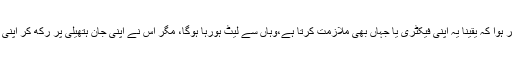
مغربی دانشور اس محنت کش سے متاثر ہوا کہ یقینا یہ اپنی فیکٹری یا جہاں بھی ملازمت کرتا ہے،وہاں سے لیٹ ہورہا ہوگا، مگر اس نے اپنی جان ہتھیلی پر رکھ کر اپنی ذمہ داری نبھانے کے لیے یہ عمل کیا۔